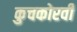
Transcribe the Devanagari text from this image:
कुचकोरवी